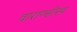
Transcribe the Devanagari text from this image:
वाराण्सीस्थ